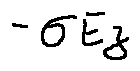
- \sigma E z